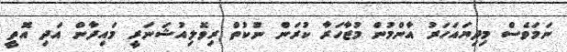
ނަމަވެސް މިދިޔައަހަރު އާންމުން މުޒާހަރާ ކުރަން ނުކުތް ރިވޮލިއުޝަނަރީ މައިދާން އަދި އޮތީ